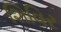
શિવિર